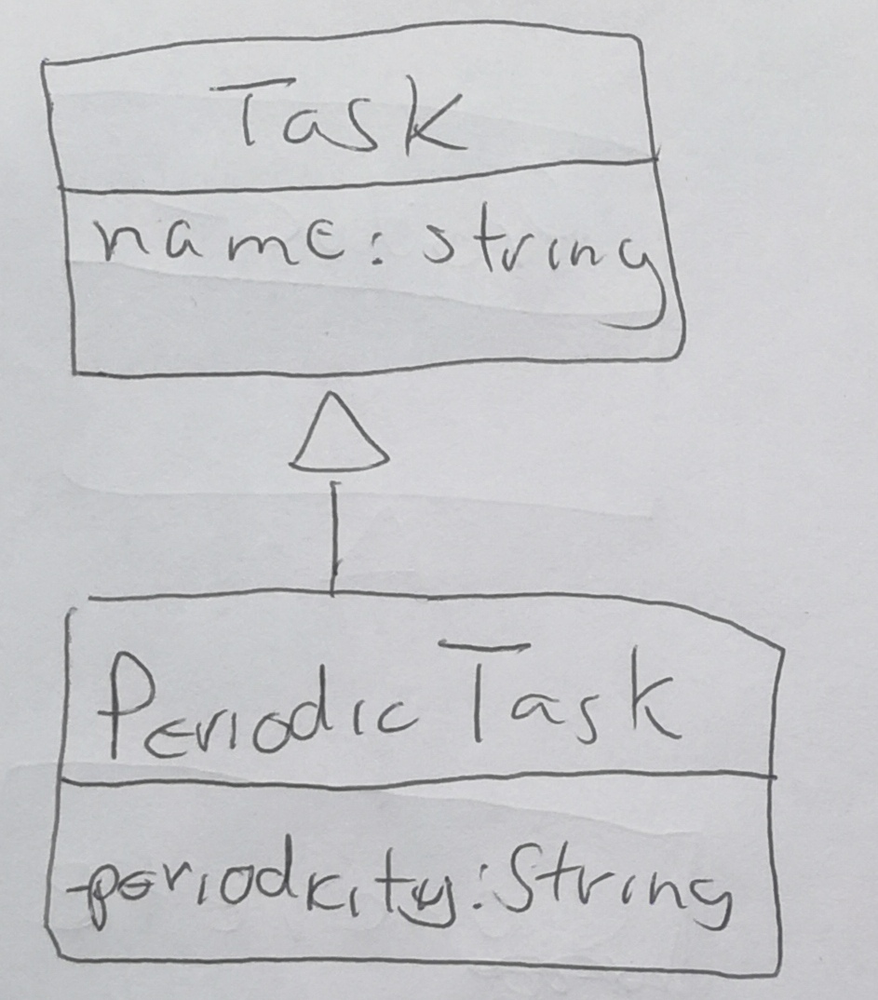
Diagram type: class_diagram
```plantuml
@startuml

class Task {
  name: string
}

class PeriodicTask extends Task {
  - periodicity: string
}

@enduml
```